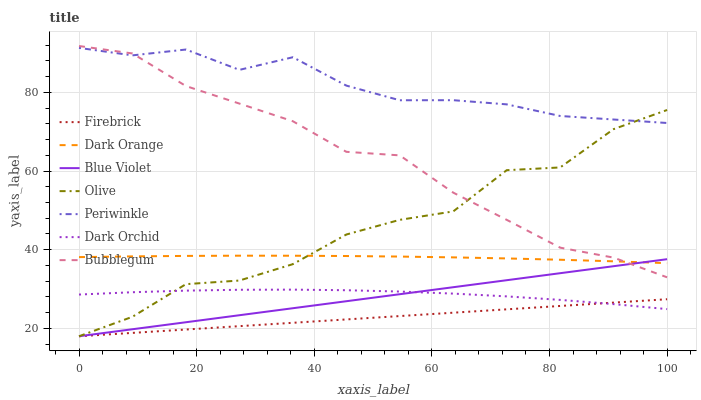
| xaxis_label | Firebrick | Dark Orange | Blue Violet | Olive | Periwinkle | Dark Orchid | Bubblegum |
 | --- | --- | --- | --- | --- | --- | --- | --- |
 | 0 | 18 | 38.1 | 18 | 18 | 91.3 | 28.6 | 91.8 |
 | 9.09 | 18.9 | 38.3 | 19.8 | 23 | 89.4 | 29.2 | 89.9 |
 | 18.2 | 19.7 | 38.4 | 21.6 | 31.2 | 90.9 | 29.6 | 81.6 |
 | 27.3 | 20.6 | 38.5 | 23.3 | 32.2 | 85.7 | 29.8 | 77.1 |
 | 36.4 | 21.4 | 38.5 | 25.1 | 36.3 | 88.9 | 29.9 | 72.7 |
 | 45.5 | 22.3 | 38.4 | 26.9 | 43.9 | 81.7 | 29.7 | 64.9 |
 | 54.5 | 23.1 | 38.3 | 28.7 | 47.6 | 78 | 29.4 | 64 |
 | 63.6 | 24 | 38.1 | 30.5 | 49.7 | 78 | 28.8 | 54.5 |
 | 72.7 | 24.8 | 37.8 | 32.2 | 60.2 | 76.9 | 28.1 | 47.6 |
 | 81.8 | 25.7 | 37.4 | 34 | 60.9 | 74 | 27.2 | 40.5 |
 | 90.9 | 26.6 | 37 | 35.8 | 70.7 | 73.1 | 26.2 | 38 |
 | 100 | 27.4 | 36.6 | 37.6 | 75.5 | 72.2 | 24.9 | 33 |